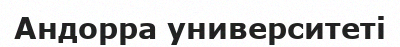
Андорра университеті